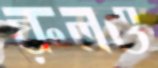
রুলও